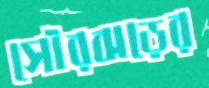
সৌরঝড়ের